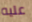
عليه